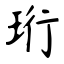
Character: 珩